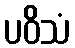
ပဝိသံ